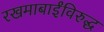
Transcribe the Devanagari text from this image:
रखमाबाईंविरुद्ध